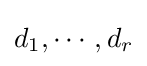
d_{1},\cdots ,d_{r}